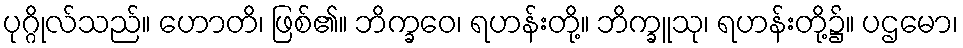
ပုဂ္ဂိုလ်သည်။ ဟောတိ၊ ဖြစ်၏။ ဘိက္ခဝေ၊ ရဟန်းတို့။ ဘိက္ခူသု၊ ရဟန်းတို့၌။ ပဌမော၊